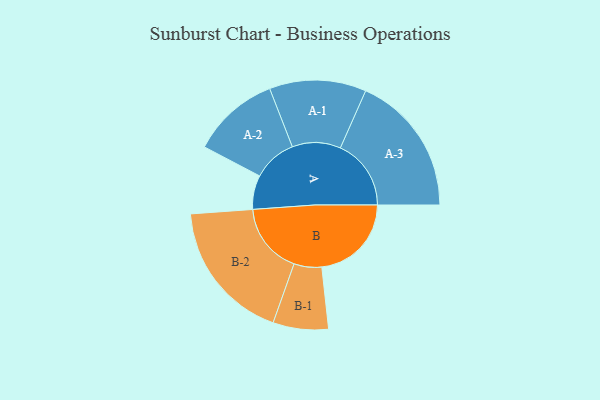
{"axis": {"x": "Segment", "y": "Value"}, "legend": ["", "A", "B"], "data": [{"x": "A", "y": 128, "type": ""}, {"x": "B", "y": 337, "type": ""}, {"x": "A-1", "y": 182, "type": "A"}, {"x": "A-2", "y": 165, "type": "A"}, {"x": "A-3", "y": 266, "type": "A"}, {"x": "B-1", "y": 104, "type": "B"}, {"x": "B-2", "y": 267, "type": "B"}]}